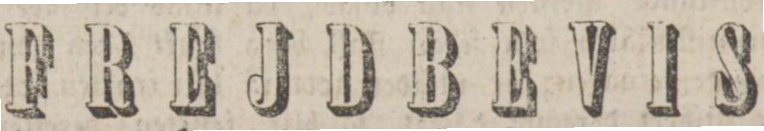
FREJDBEVIS